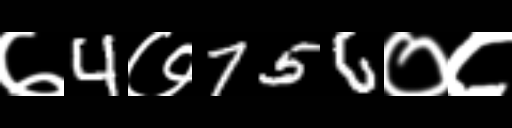
Text: ७4७756०८